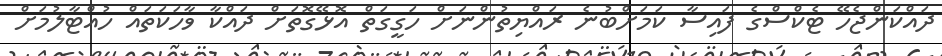
ދައްކަންޖެހޭ ޓެކްސްގެ ފައިސާ ކަމަށްބުނެ ރައްޔިތުންނަށް ހަގީގަތް އޮޅޭގޮތަށް ދައްކާ ވާހަކަތައް ހުއްޓާލުމަށް